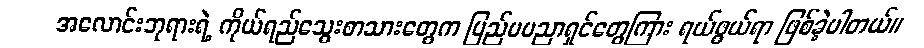
အလောင်းဘုရားရဲ့ ကိုယ်ရည်သွေးစာသားတွေက ပြည်ပပညာရှင်တွေကြား ရယ်ဖွယ်ရာ ဖြစ်ခဲ့ပါတယ်။